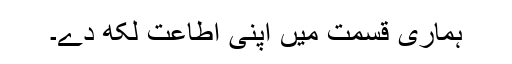
ہماری قسمت میں اپنی اطاعت لکھ دے۔